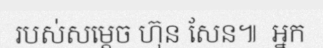
របស់សម្តេច ហ៊ុន សែន៕  អ្នក